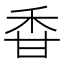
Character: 𥞌